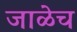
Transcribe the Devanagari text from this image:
जाळेच